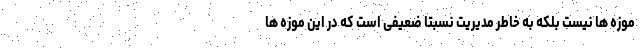
موزه ها نیست بلکه به خاطر مدیریت نسبتا ضعیفی است که در این موزه ها